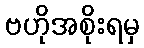
ဗဟိုအစိုးရမှ